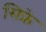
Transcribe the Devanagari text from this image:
सिफ्रे